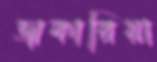
জাকারিয়া